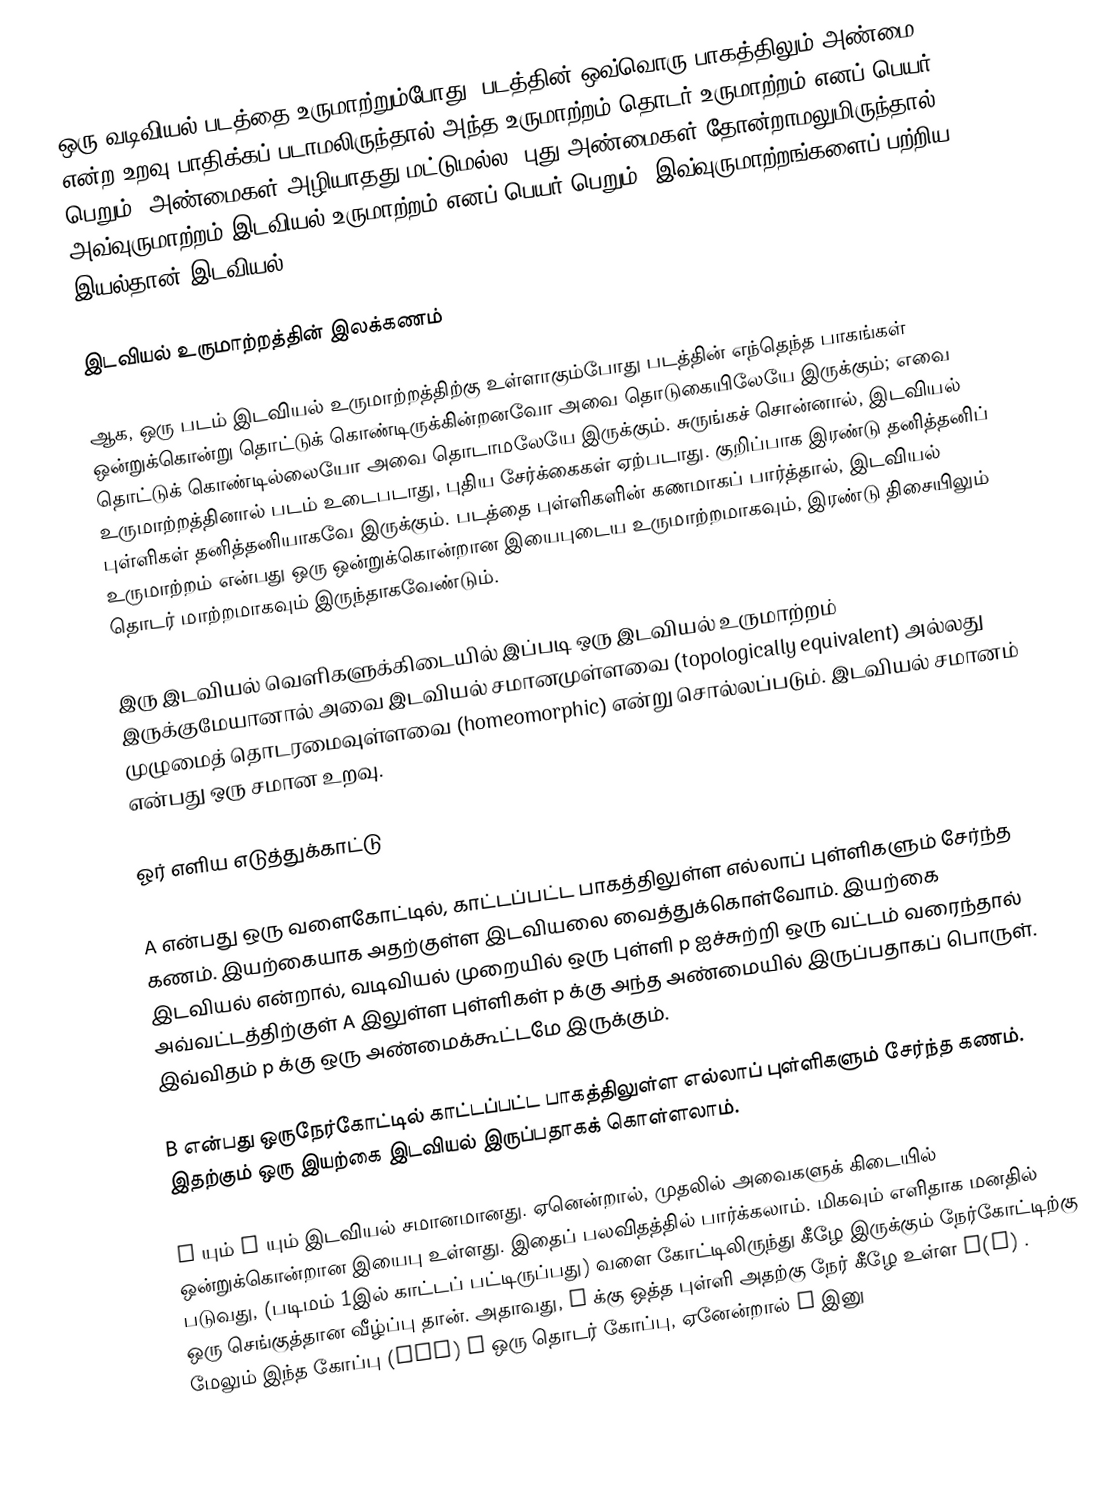
ஒரு வடிவியல் படத்தை உருமாற்றும்போது, படத்தின் ஒவ்வொரு பாகத்திலும் அண்மை என்ற உறவு பாதிக்கப் படாமலிருந்தால் அந்த உருமாற்றம் தொடர் உருமாற்றம் எனப் பெயர் பெறும். அண்மைகள் அழியாதது மட்டுமல்ல, புது அண்மைகள் தோன்றாமலுமிருந்தால், அவ்வுருமாற்றம் இடவியல் உருமாற்றம் எனப் பெயர் பெறும். இவ்வுருமாற்றங்களைப் பற்றிய இயல்தான் இடவியல்.

இடவியல் உருமாற்றத்தின் இலக்கணம்

ஆக, ஒரு படம் இடவியல் உருமாற்றத்திற்கு உள்ளாகும்போது படத்தின் எந்தெந்த பாகங்கள் ஒன்றுக்கொன்று தொட்டுக் கொண்டிருக்கின்றனவோ அவை தொடுகையிலேயே இருக்கும்; எவை தொட்டுக் கொண்டில்லையோ அவை தொடாமலேயே இருக்கும். சுருங்கச் சொன்னால், இடவியல் உருமாற்றத்தினால் படம் உடைபடாது, புதிய சேர்க்கைகள் ஏற்படாது. குறிப்பாக இரண்டு தனித்தனிப் புள்ளிகள் தனித்தனியாகவே இருக்கும். படத்தை புள்ளிகளின் கணமாகப் பார்த்தால், இடவியல் உருமாற்றம் என்பது ஒரு ஒன்றுக்கொன்றான இயைபுடைய உருமாற்றமாகவும், இரண்டு திசையிலும் தொடர் மாற்றமாகவும் இருந்தாகவேண்டும்.

இரு இடவியல் வெளிகளுக்கிடையில் இப்படி ஒரு இடவியல் உருமாற்றம் இருக்குமேயானால் அவை இடவியல் சமானமுள்ளவை (topologically equivalent) அல்லது முழுமைத் தொடரமைவுள்ளவை (homeomorphic) என்று சொல்லப்படும். இடவியல் சமானம் என்பது ஒரு சமான உறவு.

ஓர் எளிய எடுத்துக்காட்டு

A என்பது ஒரு வளைகோட்டில், காட்டப்பட்ட பாகத்திலுள்ள எல்லாப் புள்ளிகளும் சேர்ந்த கணம். இயற்கையாக அதற்குள்ள இடவியலை வைத்துக்கொள்வோம். இயற்கை இடவியல் என்றால், வடிவியல் முறையில் ஒரு புள்ளி p ஐச்சுற்றி ஒரு வட்டம் வரைந்தால் அவ்வட்டத்திற்குள் A இலுள்ள புள்ளிகள் p க்கு அந்த அண்மையில் இருப்பதாகப் பொருள். இவ்விதம் p க்கு ஒரு அண்மைக்கூட்டமே இருக்கும்.

B என்பது ஒருநேர்கோட்டில் காட்டப்பட்ட பாகத்திலுள்ள எல்லாப் புள்ளிகளும் சேர்ந்த கணம். இதற்கும் ஒரு இயற்கை இடவியல் இருப்பதாகக் கொள்ளலாம்.

A யும் B யும் இடவியல் சமானமானது. ஏனென்றால், முதலில் அவைகளுக் கிடையில் ஒன்றுக்கொன்றான இயைபு உள்ளது. இதைப் பலவிதத்தில் பார்க்கலாம். மிகவும் எளிதாக மனதில் படுவது, (படிமம் 1இல் காட்டப் பட்டிருப்பது) வளை கோட்டிலிருந்து கீழே இருக்கும் நேர்கோட்டிற்கு ஒரு செங்குத்தான வீழ்ப்பு தான். அதாவது, p க்கு ஒத்த புள்ளி அதற்கு நேர் கீழே உள்ள f(p) . மேலும் இந்த கோப்பு (map) f ஒரு தொடர் கோப்பு, ஏனேன்றால் p இனு